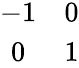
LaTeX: \begin{array}{cc}{{-1}}&{{0}}\\ {{0}}&{{1}}\end{array}